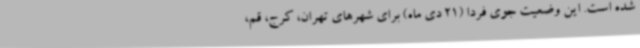
شده است. این وضعیت جوی فردا (21 دی ماه) برای شهرهای تهران، کرج، قم،